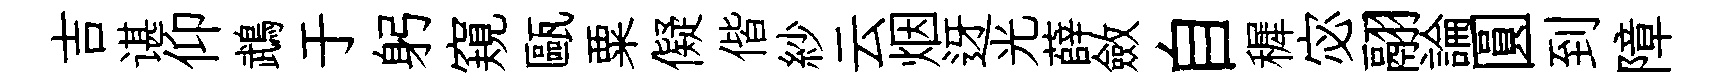
吉谌仰鵡于躬窺甌粟儗偕紗云烟迓光薛斂自穉宓翮論圓到障